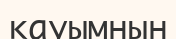
қауымнын